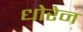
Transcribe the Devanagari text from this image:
धोरेन